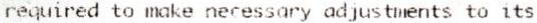
REQUIRED TO MAKE NECESSARY ADJUSTMENTS TO ITS